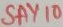
Text: SAY10